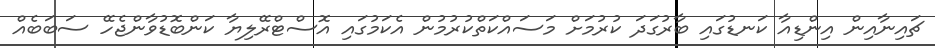
ޗައިނާއިން އިންޑިއާ ކަނޑުގައި ބާރުގަދަ ކުރުމަށް މަސައްކަތްކުރުމުން އެކަމުގައި އޮސްޓްރޭލިޔާ ކަންބޮޑުވާންޖެހޭ ސަބަބެއް